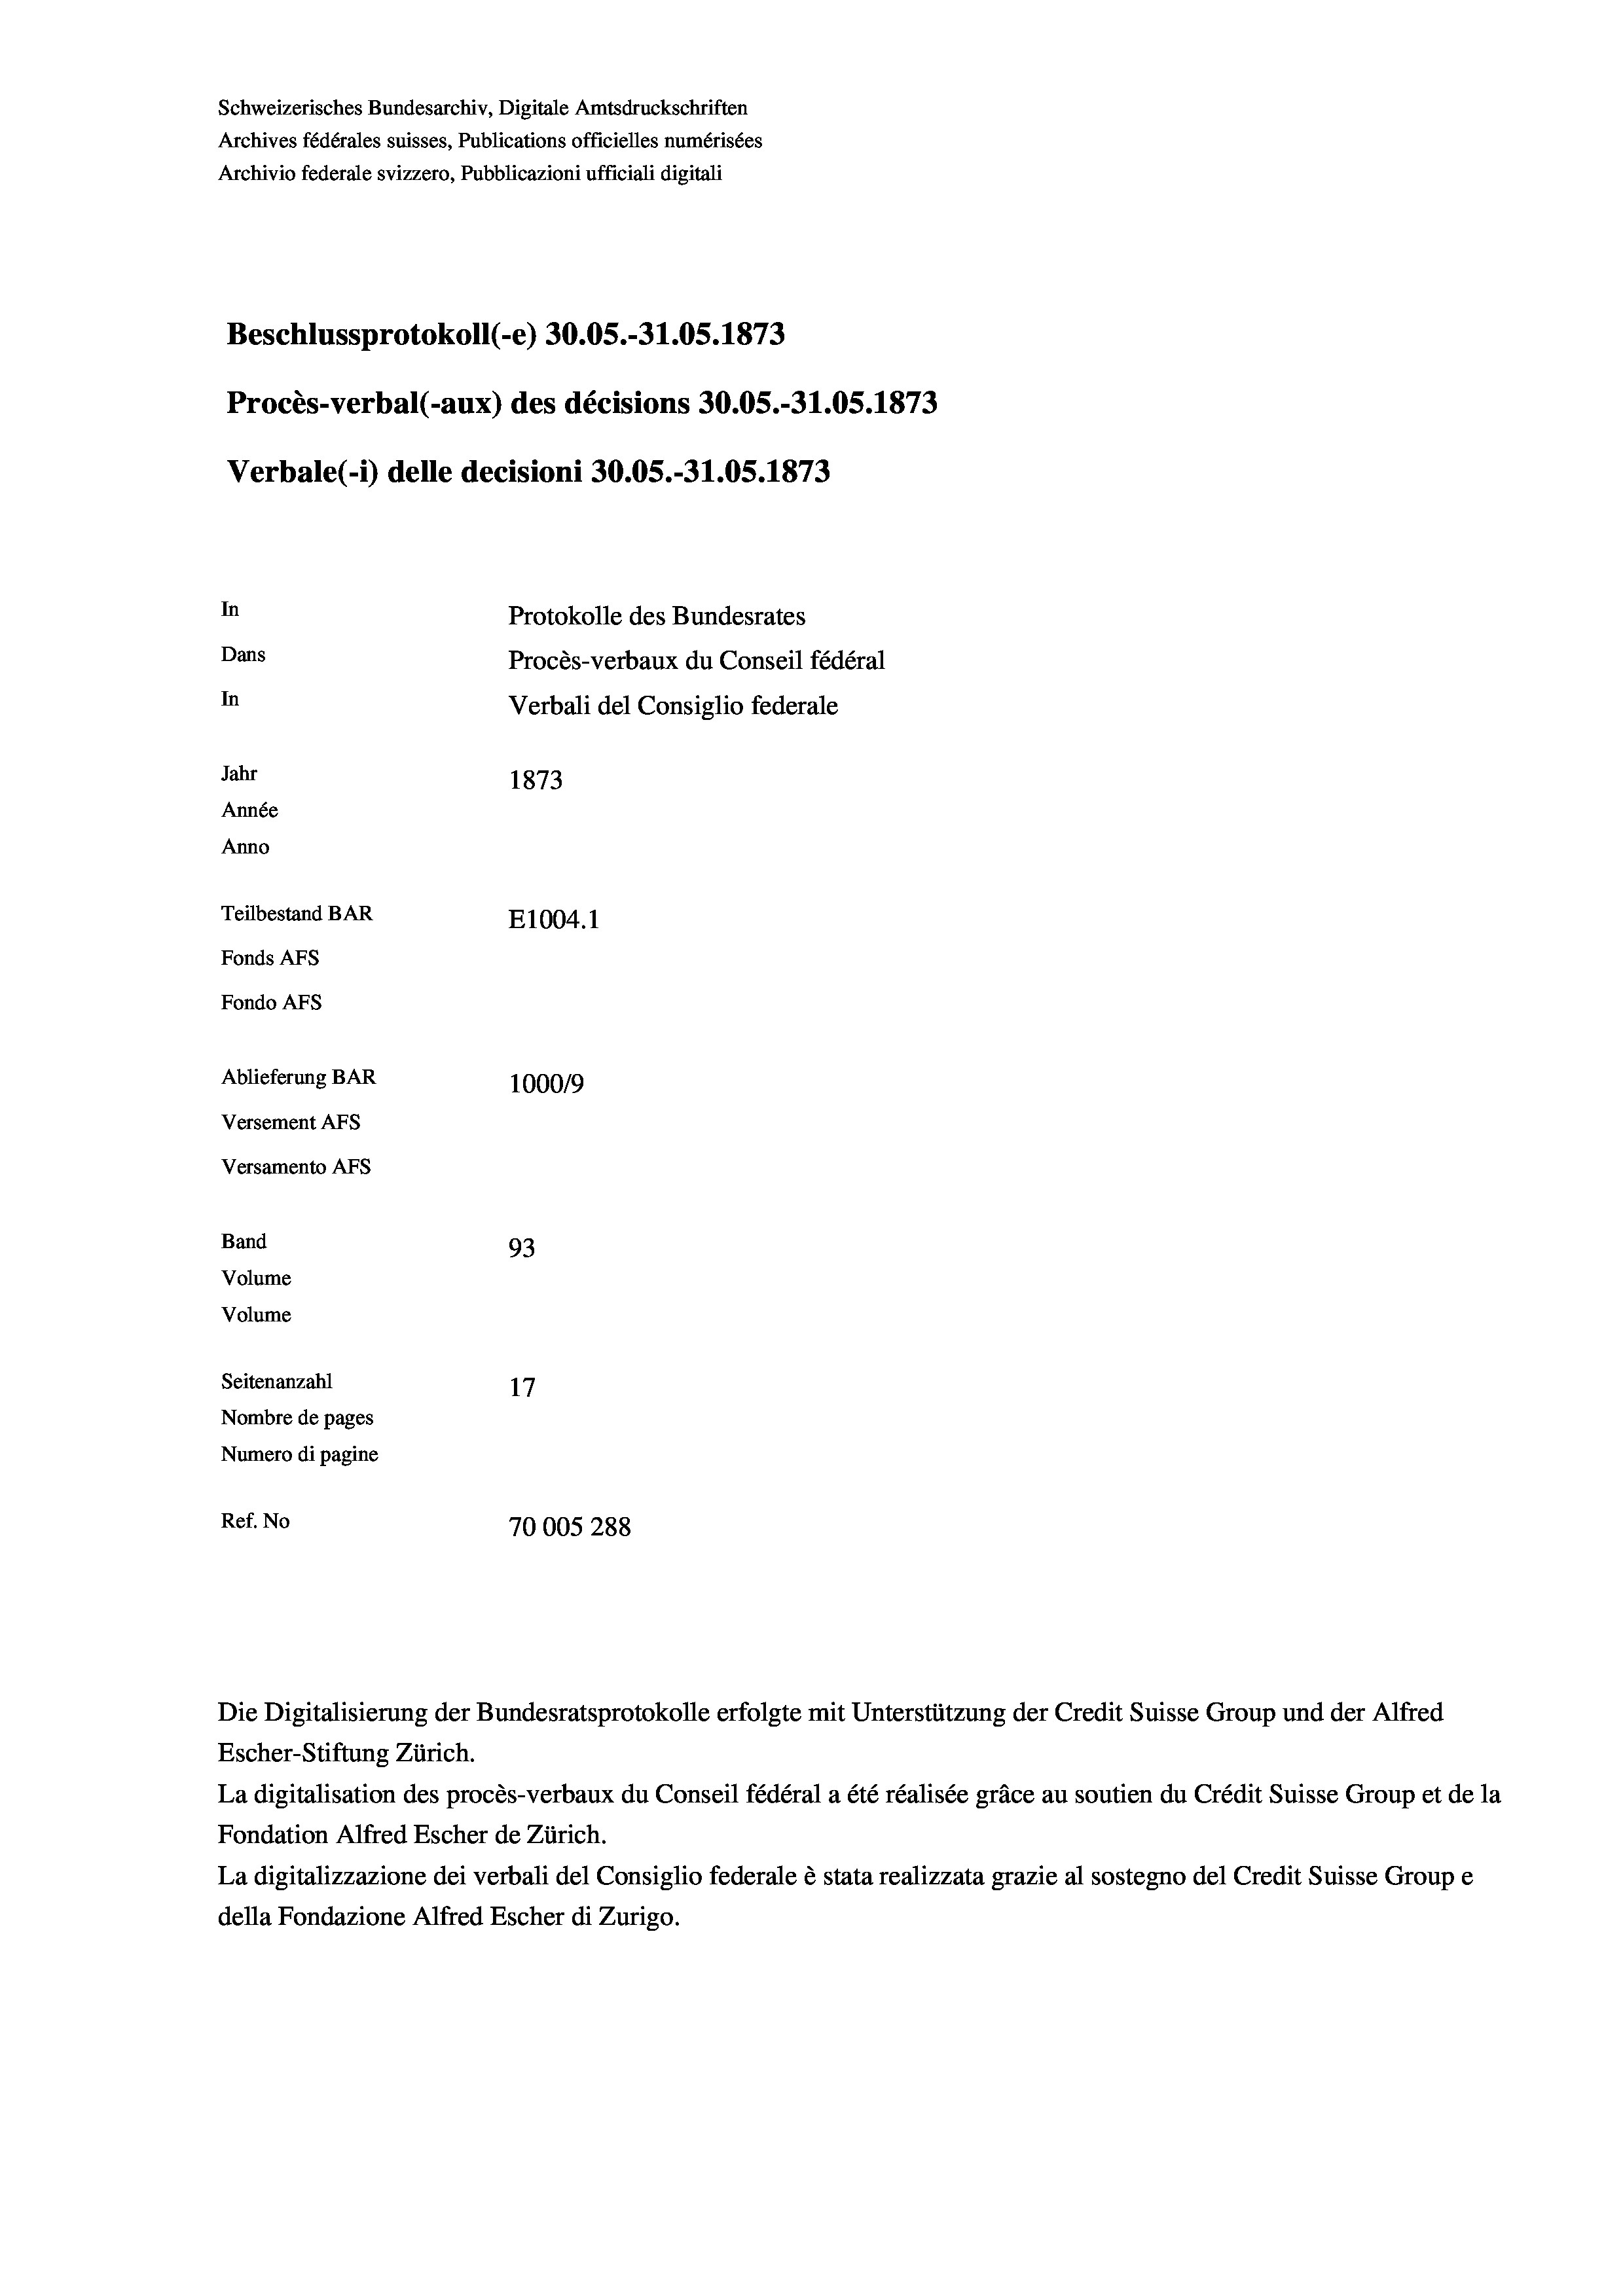
Schweizerisches Bundesarchiv, Digitale Amtsdruckschriften
Archives fédérales suisses, Publications officielles numérisées
Archivio federale svizzero, Pubblicazioni ufficiali digitali
Beschlussprotokoll (-e) 30.05.-31.05. 1873
Procès-verbal (-aux) des décisions 30.05.-31.05. 1873
Verbale (- 1) delle decisioni 30.05.-31.05. 1873
In
Protokolle des Bundesrates
Dans
Procès-verbaux du Conseil fédéral
In
Verbali del Consiglio federale
Jahr
1873
Année
Anno
Teilbestand BAR
E1004.1
Fonds AFs
Fondo Afs
Ablieferung BAR
100019
Versement AFs
Versamento AFs
Band
93
Volume
Volume
Seitenanzahl
17
Nombre de pages
Numero di pagine
Ref. No
70005288

Die Digitalisierung der Bundesratsprotokolle erfolgte mit Unterstützung der Credit Suisse Group und der Alfred
Escher-Stiftung Zürich.
La digitalisation des procès-verbaux du Conseil fédéral a été réalisée gräce au soutien du Crédit Suisse Group et de la
Fondation Alfred Escher de Zürich.
La digitalizzazione dei verbali del Consiglio federale è stata realizzata grazie al sostegno del Credit Suisse Groupe
della Fondazione Alfred Escher di Zurigo.